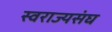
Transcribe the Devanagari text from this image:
स्वराज्यसंघ